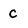
Character: c